65_HS1-834228961_62-HQ-83894_Section_8
Agency: FBI
Page 184
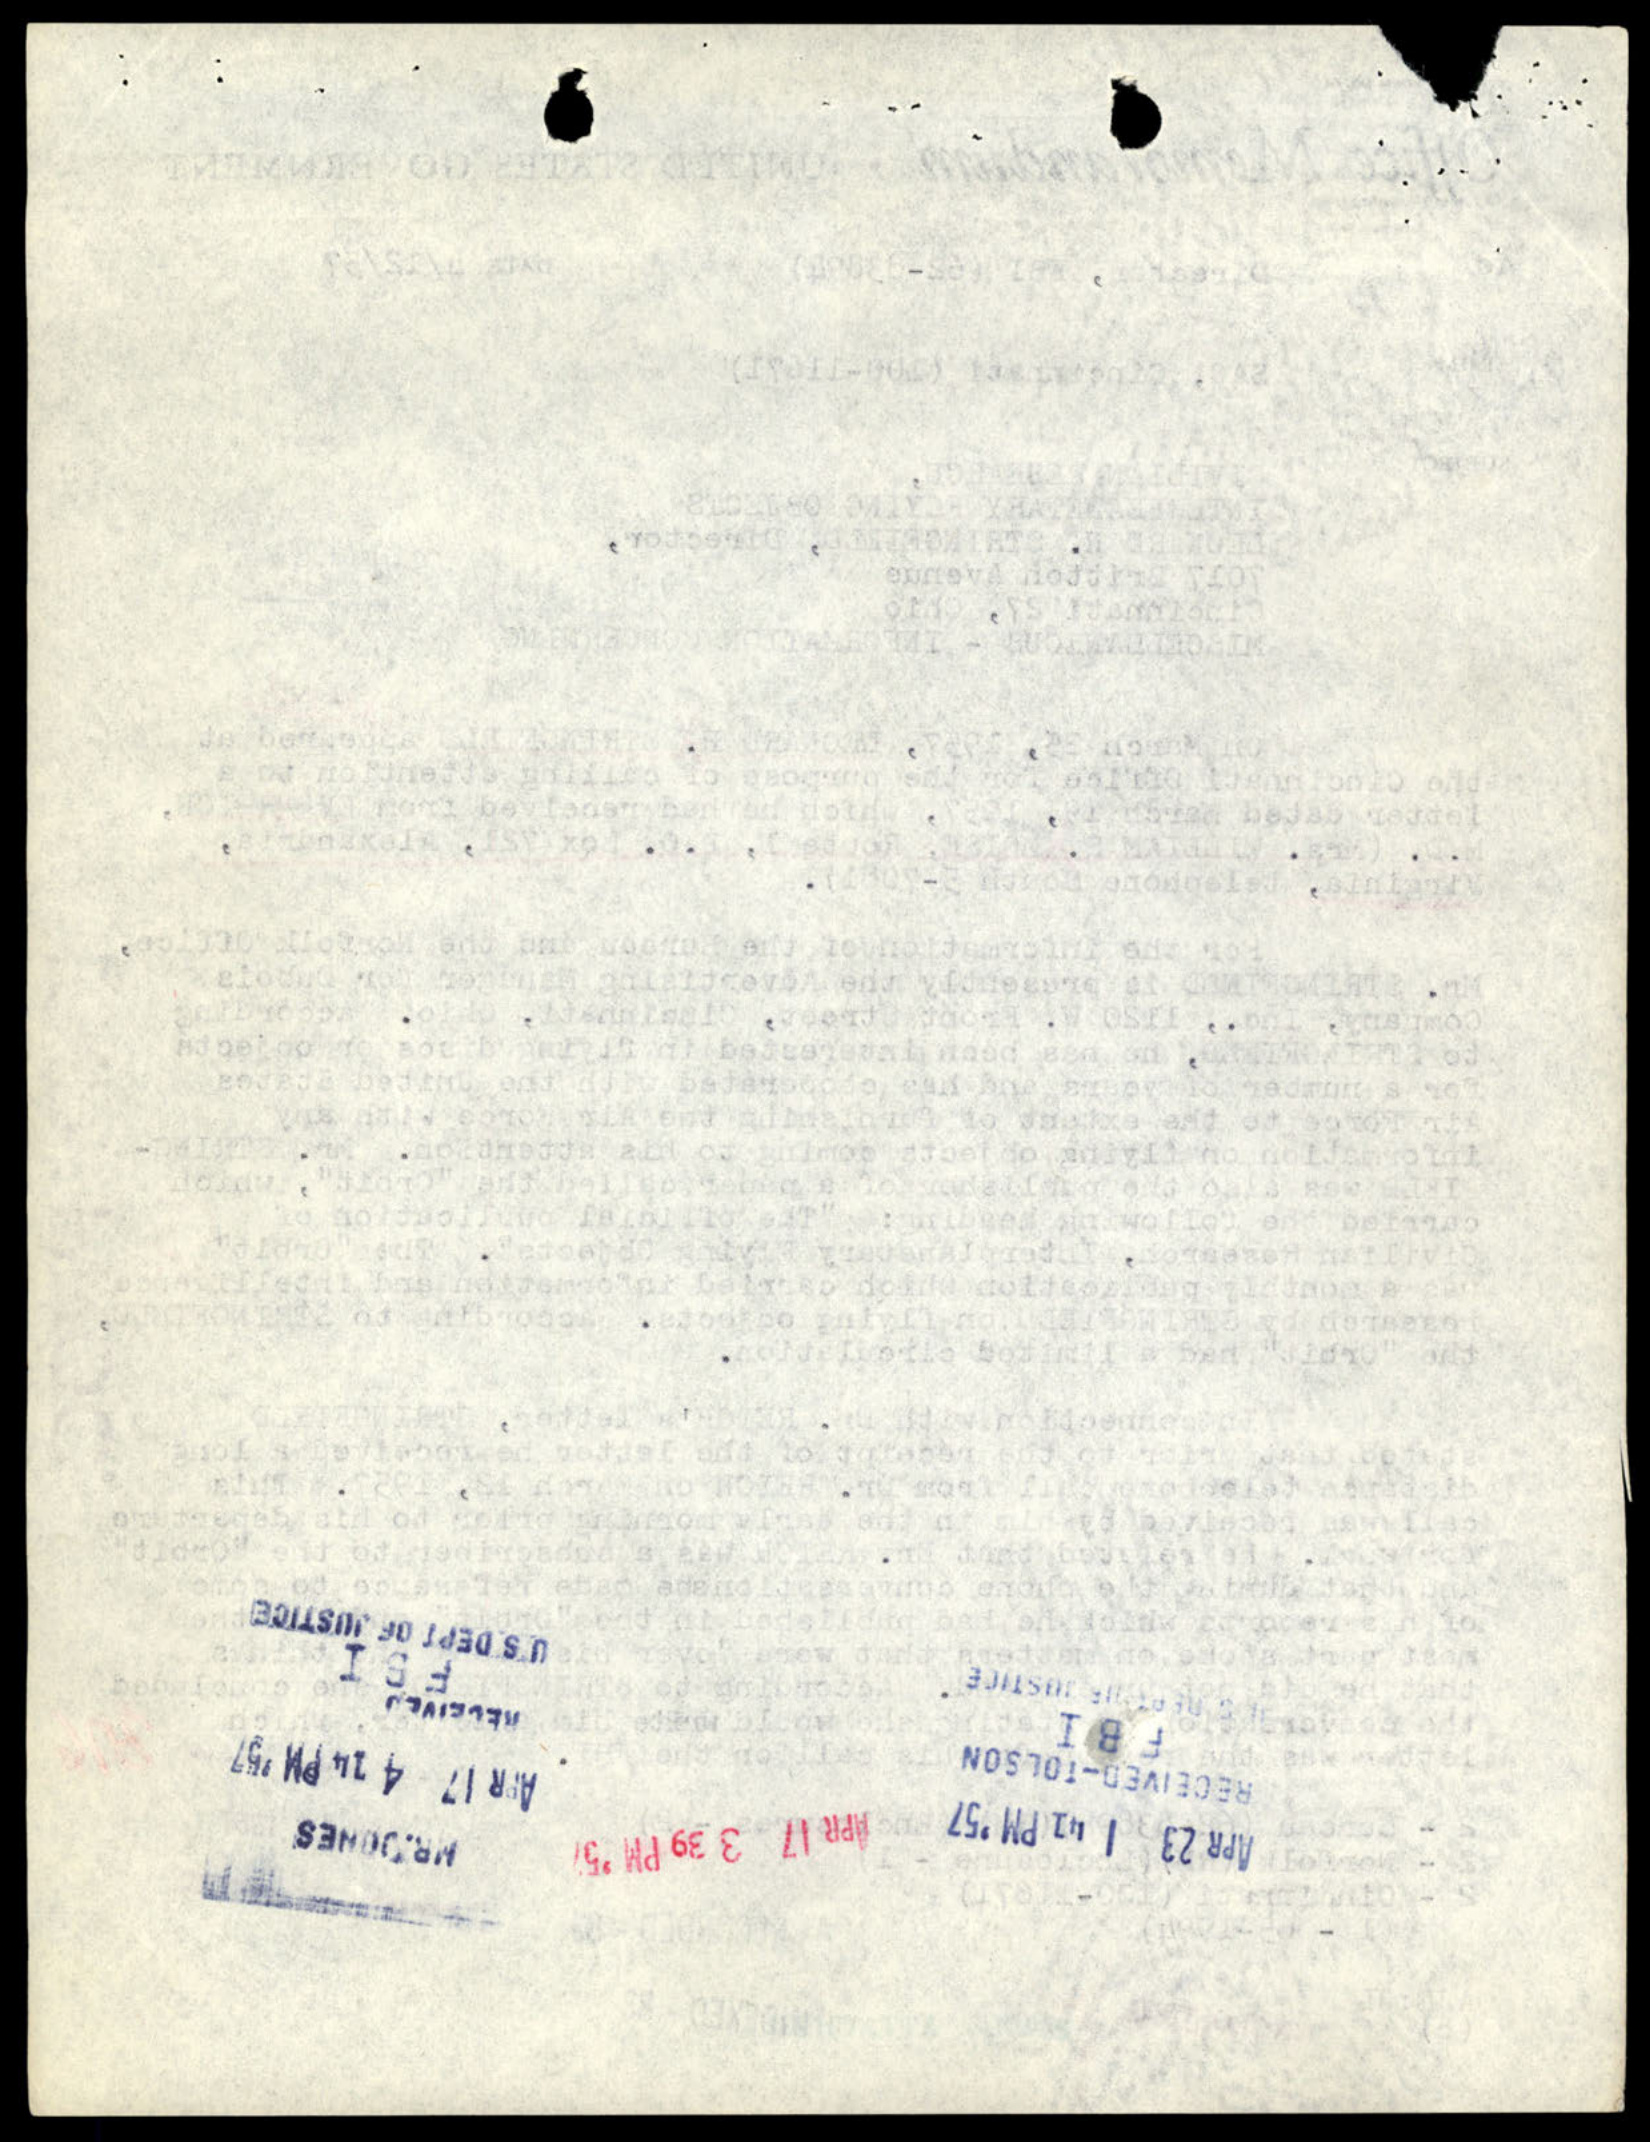